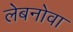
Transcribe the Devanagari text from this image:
लेबनोवा